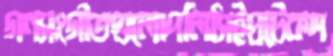
গণসংগীতগুলোপলিসিইপ্রটেকশ